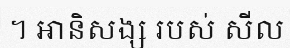
។ ឤនិសង្ស របស់ សីល